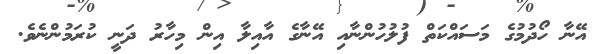
އޭނާ ހޯދުމުގެ މަސައްކަތް ފުލުހުންނާއި އޭނާގެ އާއިލާ އިން މިހާރު ދަނީ ކުރަމުންނެވެ.